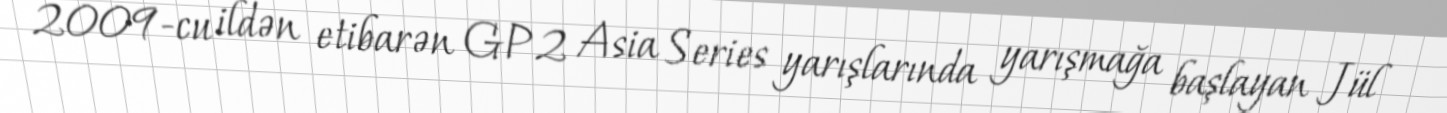
2009-cu ildən etibarən GP2 Asia Series yarışlarında yarışmağa başlayan Jül